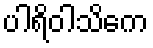
ပါရိဝါသိကေ